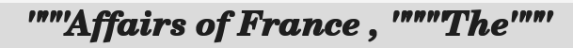
"""Affairs of France , """"The"""